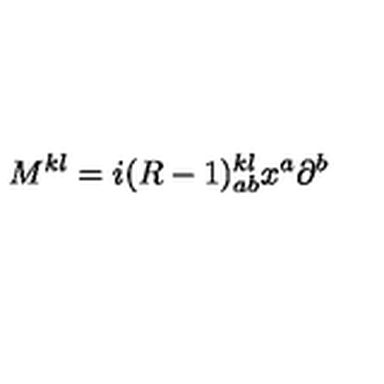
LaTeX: M ^ { k l } = i ( R - 1 ) _ { a b } ^ { k l } x ^ { a } \partial ^ { b }